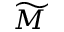
\widetilde { M }